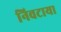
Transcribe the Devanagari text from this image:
निवटाया